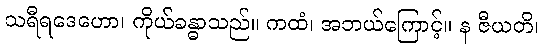
သရီရဒေဟော၊ ကိုယ်ခန္ဓာသည်။ ကထံ၊ အဘယ်ကြောင့်။ န ဇီယတိ၊